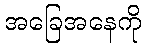
အခြေအနေကို